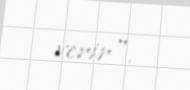
verir".